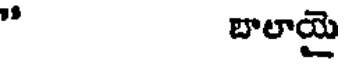
" బాలాయై